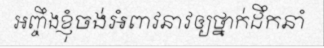
អញ្ចឹងខ្ញុំចង់អំពាវនាវឲ្យថ្នាក់ដឹកនាំ